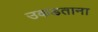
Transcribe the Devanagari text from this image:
उकडताना